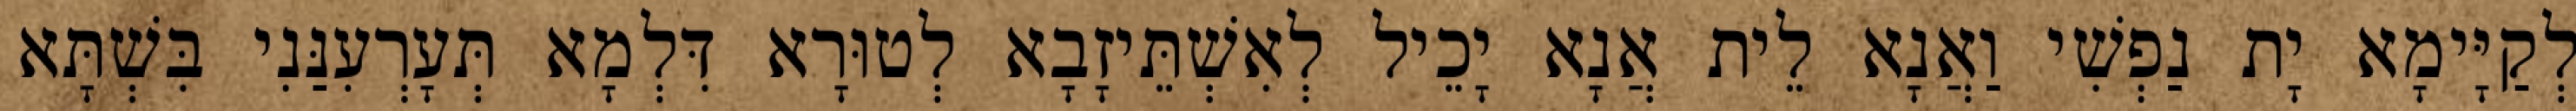
לְקַיָּימָא יָת נַפְשִׁי וַאֲנָא לֵית אֲנָא יָכֵיל לְאִשְׁתֵּיזָבָא לְטוּרָא דִּלְמָא תְּעָרְעִנַּנִי בִּשְׁתָּא